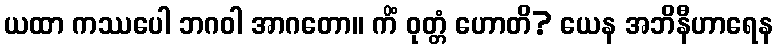
ယထာ ကဿပေါ ဘဂဝါ အာဂတော။ ကိံ ဝုတ္တံ ဟောတိ? ယေန အဘိနီဟာရေန